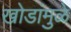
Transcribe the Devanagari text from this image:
खोडांमुळे